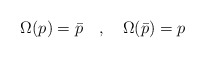
\begin{align*}\Omega(p) = \bar p \quad,\quad \Omega(\bar p) = p\end{align*}